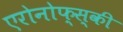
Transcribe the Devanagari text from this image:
एरोनोफ्स्की